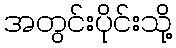
အတွင်းပိုင်းသို့